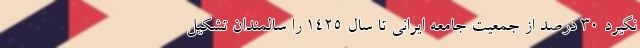
نگیرد ۳۰ درصد از جمعیت جامعه ایرانی تا سال ۱۴۲۵ را سالمندان تشکیل